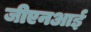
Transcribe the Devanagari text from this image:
जीएनआई